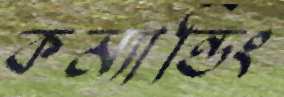
কম্যান্ডিং